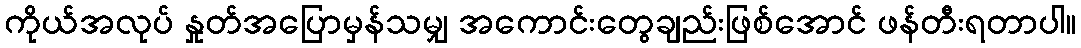
ကိုယ်အလုပ် နှုတ်အပြောမှန်သမျှ အကောင်းတွေချည်းဖြစ်အောင် ဖန်တီးရတာပါ။